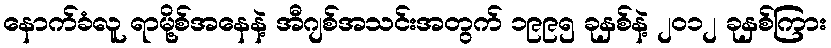
နောက်ခံလူ ရာမို့စ်အနေနဲ့ အီဂျစ်အသင်းအတွက် ၁၉၉၅ ခုနှစ်နဲ့ ၂၀၁၂ ခုနှစ်ကြား